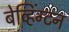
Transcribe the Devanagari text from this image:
बेव्हिंग्टन